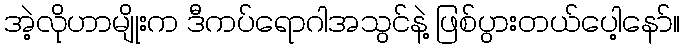
အဲ့လိုဟာမျိုးက ဒီကပ်ရောဂါအသွင်နဲ့ ဖြစ်ပွားတယ်ပေါ့နော်။